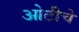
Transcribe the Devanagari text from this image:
ओटीचे